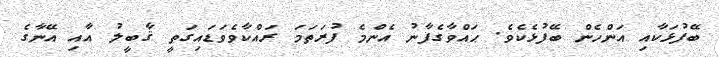
ބޭފުޅަކާއި އަންހެން ބޭފުޅެކެވެ. ޙައްވާގެފާނު އެންމެ ފުރަތަމަ ރައްކާވެވަޑައިގަތީ ޤާބީލު އާއި އޭނާގެ